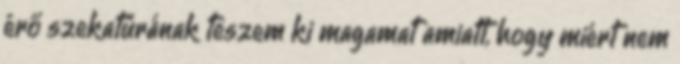
érő szekatúrának teszem ki magamat amiatt, hogy miért nem